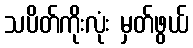
သပိတ်ကိုးလုံး မှတ်ဖွယ်